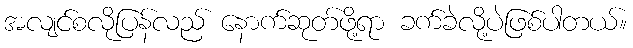
အလျင်စလိုပြန်လည် နောက်ဆုတ်ဖို့ရာ ခက်ခဲလို့ပဲဖြစ်ပါတယ်။